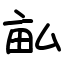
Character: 畆